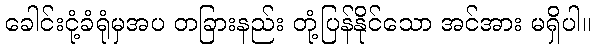
ခေါင်းငုံ့ခံရုံမှအပ တခြားနည်း တုံ့ပြန်နိုင်သော အင်အား မရှိပါ။